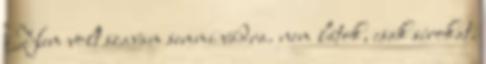
Nem volt szavam semmi vádra. nem látok, csak sírokat.